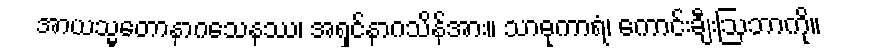
အာယသ္မတောနာဂသေနဿ၊ အရှင်နာဂသိန်အား။ သာဓုကာရံ၊ ကောင်းချီးဩဘာကို။